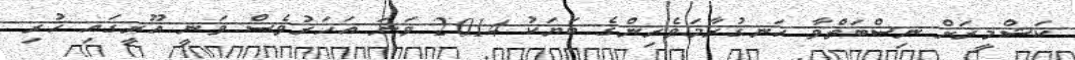
ކަޝްމީރަށް ނިސްބަތްވާ ހަނގުރާމަވެރިންގެ ބަޔަކު 2014 ވަނަ އަހަރުވެސް ވަނީ އޫރީގައި ހުރި